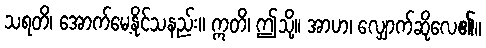
သရတိ၊ အောက်မေ့နိုင်သနည်း။ ဣတိ၊ ဤသို့။ အာဟ၊ လျှောက်ဆိုလေ၏။